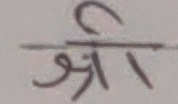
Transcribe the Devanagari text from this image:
श्री